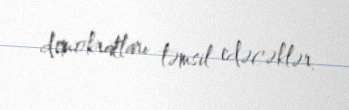
demokratları təmsil edəcəklər.